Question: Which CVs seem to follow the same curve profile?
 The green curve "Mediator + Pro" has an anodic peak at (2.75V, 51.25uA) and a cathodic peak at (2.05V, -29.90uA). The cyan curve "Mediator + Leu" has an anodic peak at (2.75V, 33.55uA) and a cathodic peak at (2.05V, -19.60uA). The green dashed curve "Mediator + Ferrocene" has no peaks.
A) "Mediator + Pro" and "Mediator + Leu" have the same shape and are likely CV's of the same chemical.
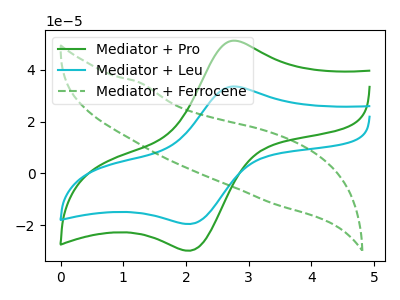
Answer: <think>All the peaks in "Mediator + Pro" have a peak in "Mediator + Leu" at the same potential. Every peak in "Mediator + Pro" is higher than every peak in "Mediator + Leu". "Mediator + Pro" and "Mediator + Ferrocene" have a different number of peaks. "Mediator + Leu" and "Mediator + Ferrocene" have a different number of peaks.
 </think>
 <answer>A) "Mediator + Pro" and "Mediator + Leu" have the same shape and are likely CV's of the same chemical.</answer>
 <eval>A</eval>